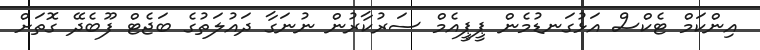
އިންކަމް ޓެކްސް އަޅުގަނޑުމެން ޕީޕީއެމް ސަރުކާރުން ނުނަގާ ދައުލަތުގެ ބަޖެޓް ފޫބެދޭ ގޮތަށް